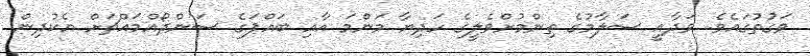
ވަގުތުގައެވެ. ވަދާއީ ސަލާމުގެ ތިންމުށްވެލީގެ ހަދިޔާ މަންމަ އާއި ބައްޕަގެ ސަންދޯއްމައްޗަށް އެކުދިން